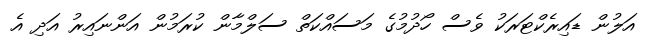
އަލުން ޑައިރެކްޓަރަކު ވެސް ހޯދުމުގެ މަސައްކަތް ސަލްމާން ކުރަމުން އަންނައިރު އަދި އެ